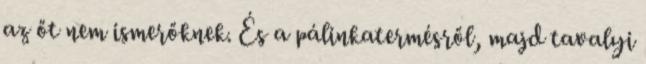
az őt nem ismerőknek. És a pálinkatermésről, majd tavalyi